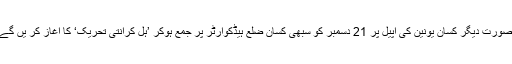
بصورت دیگر کسان یونین کی اپیل پر 21 دسمبر کو سبھی کسان ضلع ہیڈکوارٹر پر جمع ہوکر ’ہل کرانتی تحریک‘ کا آغاز کر یں گے۔